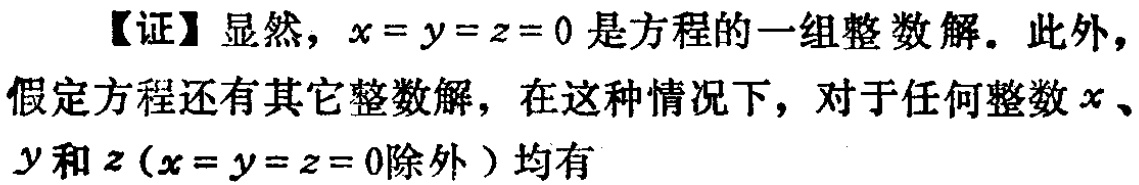
【证】显然，\(x = y = z = 0\)是方程的一组整数解。此外，假定方程还有其它整数解，在这种情况下，对于任何整数\(x\)、\(y\)和\(z\)（\(x = y = z = 0\)除外）均有